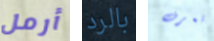
أرمل بالرد تعرف